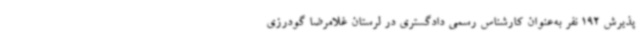
پذیرش 192 نفر به‌عنوان کارشناس رسمی دادگستری در لرستان غلامرضا گودرزی